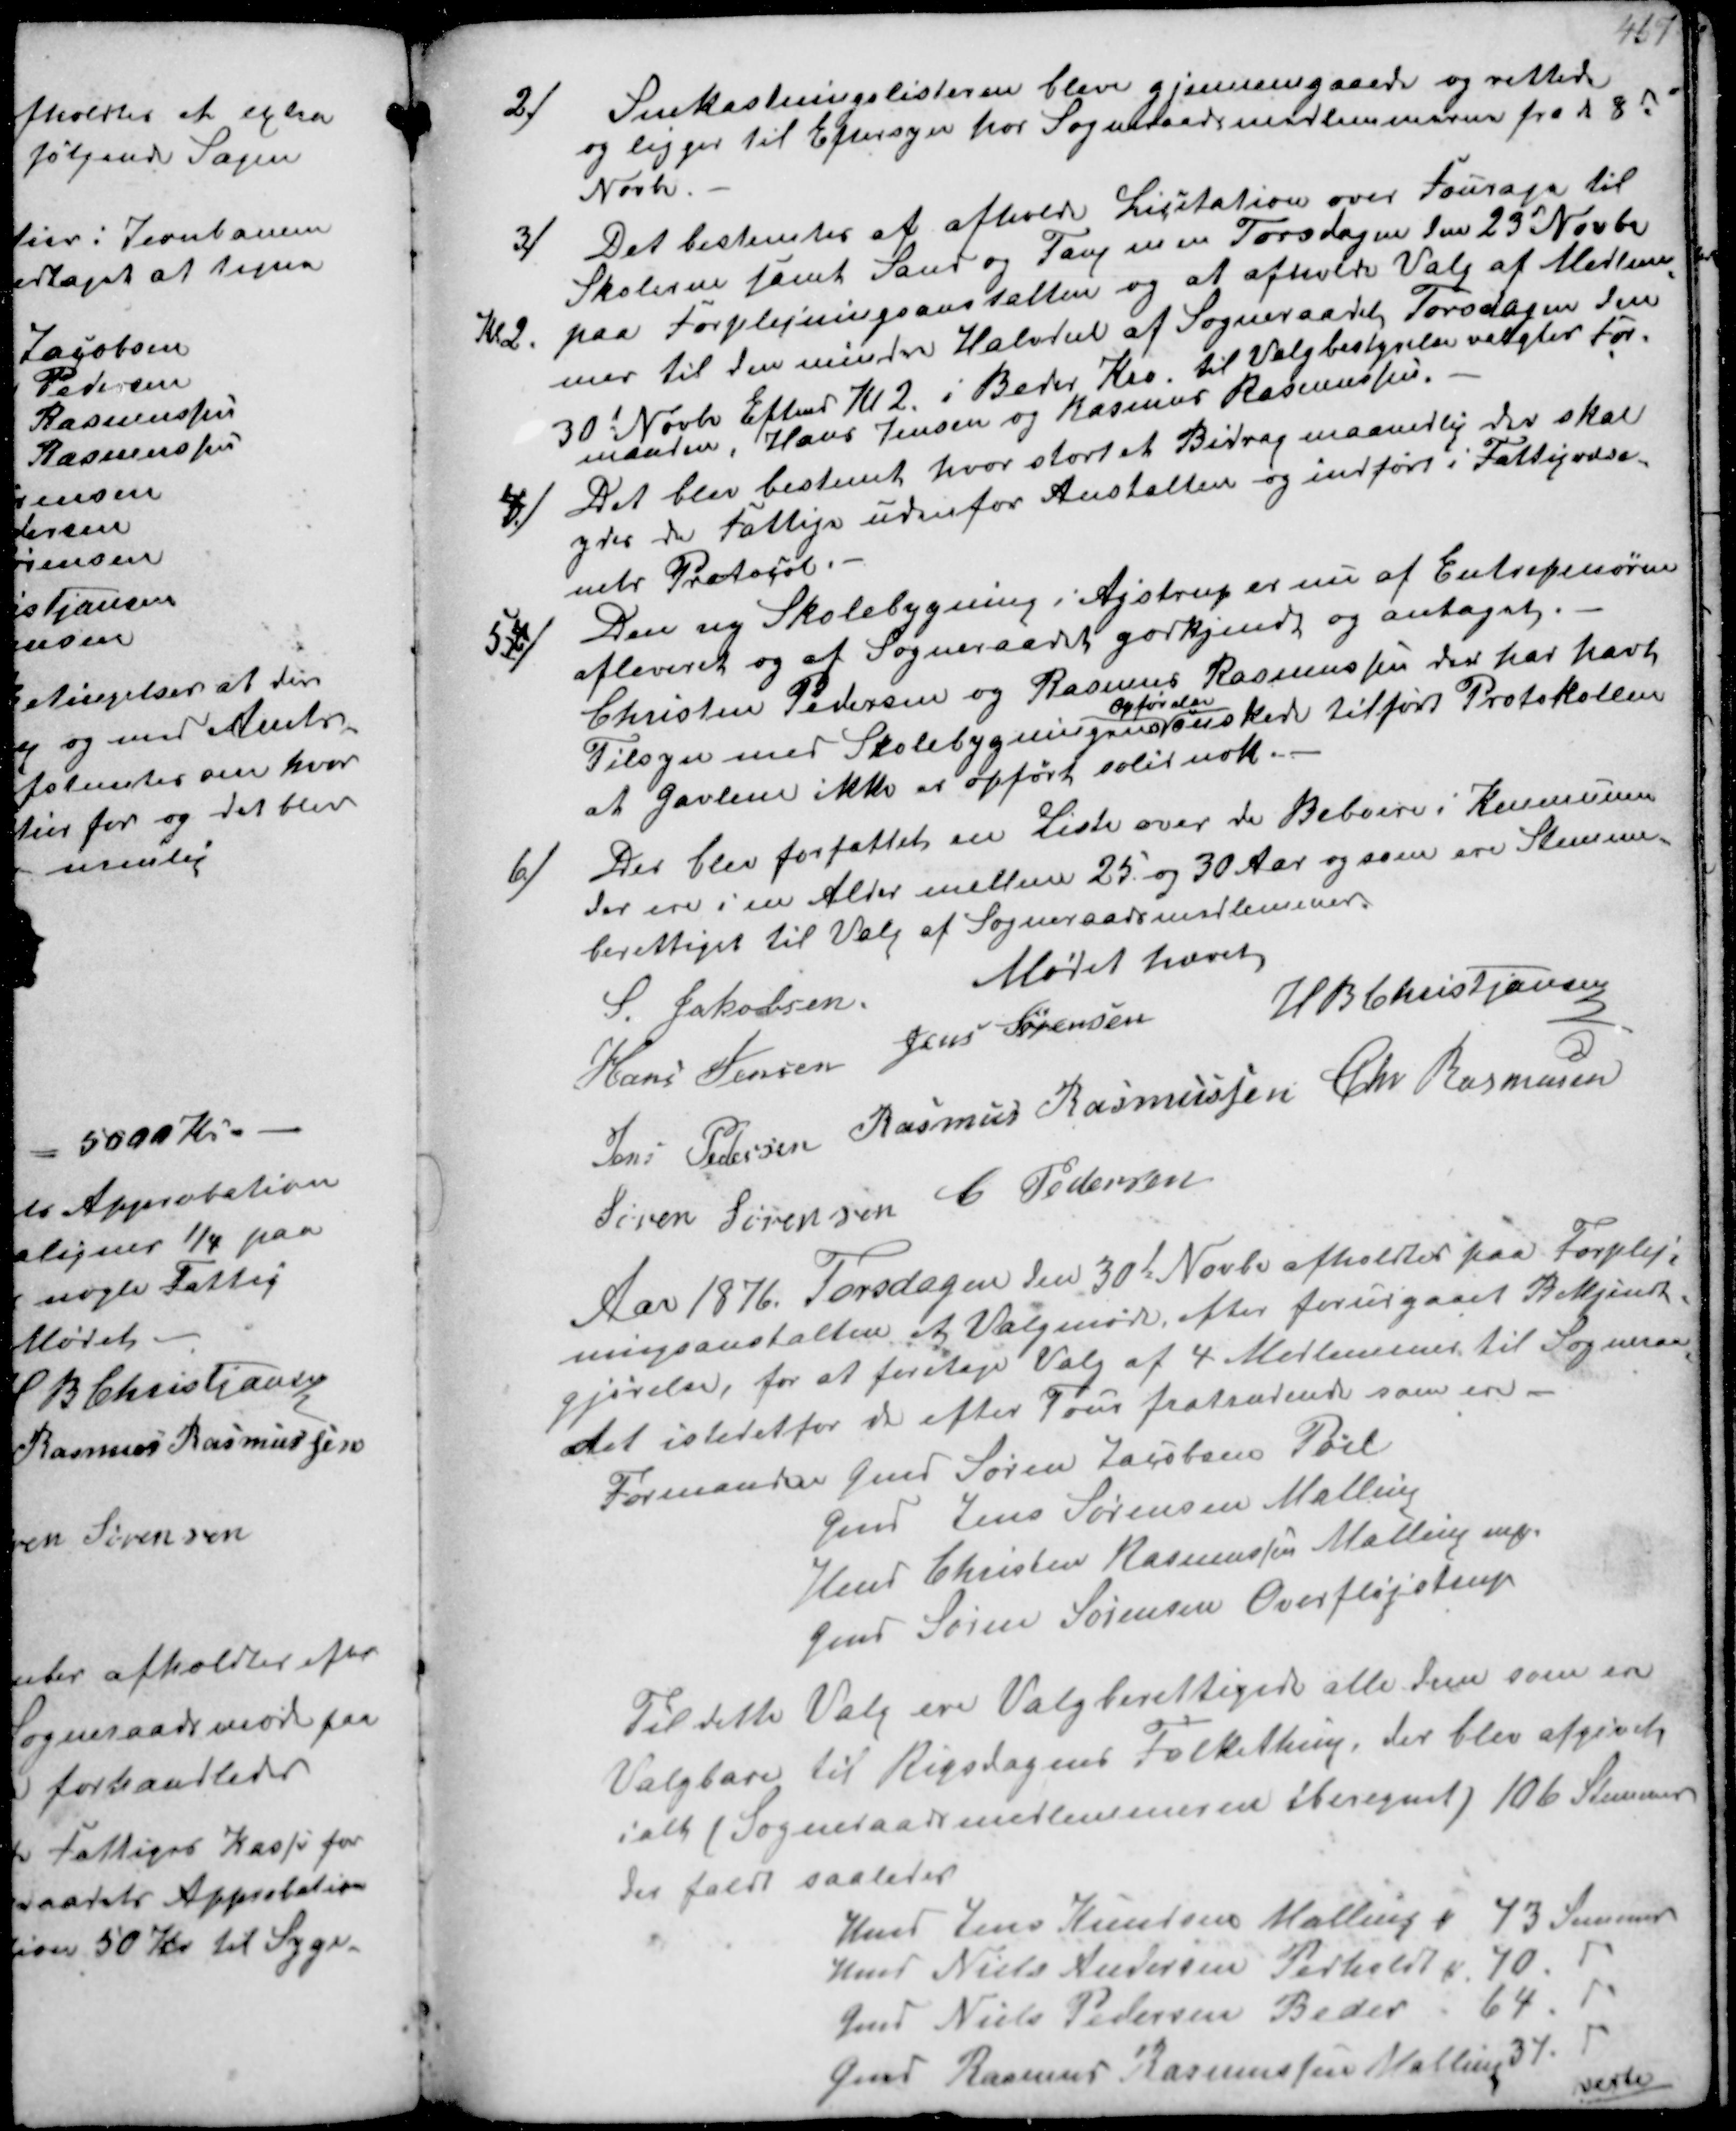
Transskription:
2/
Snekastningslisterne blev gjennemgaaede og rettede
og ligger til Eftersyn hos Sogneraadsmedlemmerne fra d 8de
Novbr

3/
Det bestemtes at afholde Licitation over Fourage til
Skolerne samt Sand og Tang m m Torsdagen den 23 Novbr
paa Forplejningsanstalten og at afholde Valg af Medlem-
mer til den mindre Halvdel af Sogneraadet Torsdagen den
30t Novbr Eftmd Kl 2 i Beder Kro, til Valgbestyrelsen valgtes For-
manden, Hans Jensen og Rasmus Rasmussen
4/ Det blev bestemt, hvor stort et Bidrag maanedlig der skal
ydes de Fattige udenfor Anstalten og indført i Fattigvæse-
nets Protocol.

5/
Den ny Skolebygning i Ajstrup er nu af Entrepenøren
afleveret og af Sogneraadet godkjendt og antaget.
Christen Pedersen og Rasmus Rasmussen der har havet
Tilsyn med Skolebygningens
opførelse
ønsker tilført Protokollen
at Gavlene ikke er opført solit nok.
6/
Der blev forfattet en liste over de Beboere i Kommunen
der ere i en Alder mellem 25 og 30 Aar og som ere Stemme-
berettiget til Valg af Sogneraadsmedlemmer

Mødet hævet
S Jakobsen
H B Christjansen
Hans Jensen
Jens Sørensen
Jens Pedersen Rasmus Rasmussen Chr Rasmussen
Søren Sørensen C Pedersen

Aar 1876. Torsdagen den 30de Novbr afholdtes paa Forplej-
ningsanstalten et Valgmøde efter forudgaaet Bekjendt-
gjørelse, for at foretage Valg af 4 Medlemmer til Sogneraa-
det istedetfor de efter Tour fratrædende som er
Formand Gmd Søren Laustsen Pøel
Gmd Jens Sørensen Malling
Hmd Christen Rasmussen Malling ₻
Gmd Søren Sørensen Overfløjstrup

Til dette Valg ere Valgberettigede alle dem som ere
Valgbare til Rigsdagens Folketing, der blev afgivet
ialt (Sogneraadsmedlemmerne iberegnet) 106 Stemmer
der faldt saaledes
Hmd Jens Knudsen Malling 73 Stemmer
Hmd Niels Andersen Pedholdt 70
Gmd Niels Pedersen Beder, 64
Gmd Rasmus Rasmussen Malling 34